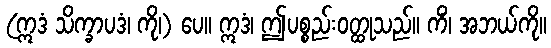
(ဣဒံ သိက္ခာပဒံ၊ ကို၊) ပေ။ ဣဒံ၊ ဤပစ္စည်းဝတ္ထုသည်။ ကိံ၊ အဘယ်ကို။